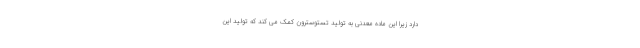
دارد زیرا این ماده معدنی به تولید تستوسترون کمک می کند که تولید این